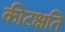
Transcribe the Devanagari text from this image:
कीटक्षति